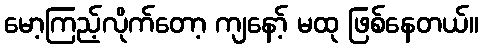
မော့ကြည့်လိုက်တော့ ကျနော့် မထု ဖြစ်နေတယ်။